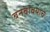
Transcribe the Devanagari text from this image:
बनवावयाचे